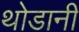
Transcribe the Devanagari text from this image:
थोडानी